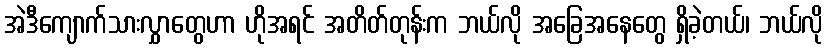
အဲဒီကျောက်သားလွှာတွေဟာ ဟိုအရင် အတိတ်တုန်းက ဘယ်လို အခြေအနေတွေ ရှိခဲ့တယ်၊ ဘယ်လို